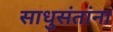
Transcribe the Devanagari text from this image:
साधुसंतांना